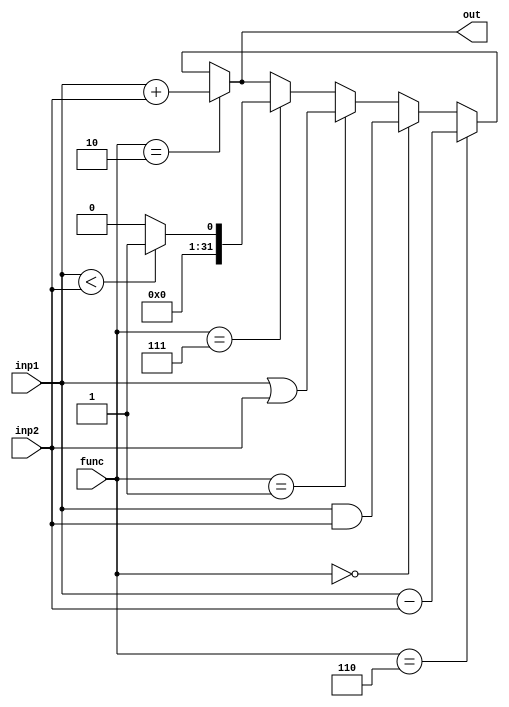
`timescale 1ps/1ps
module ALU (
    inp1,
    inp2,
    func,
    out,
    );
    parameter n = 32;
    input signed [n-1:0]inp1, inp2;
    input signed [2:0]func;
    output signed [n-1:0]out;

    parameter  ADD = 3'b010, SUB = 3'b110, 
               AND = 3'b000, OR = 3'b001,
               SLT = 3'b111, NOP = 3'b011;

    assign out = (func == ADD) ? inp1 + inp2 :
                 (func == SUB) ? inp1 - inp2 :
                 (func == AND) ? inp1 & inp2 :
                 (func == OR) ? inp1 | inp2 :
                 (func == SLT) ? ((inp1 < inp2) ? 32'd1 : 32'b0) :
                 (func == NOP) ? out :
                 out;         
endmodule